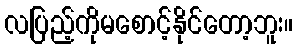
လပြည့်ကိုမစောင့်နိုင်တော့ဘူး။